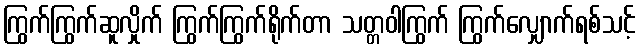
ကြွက်ကြွက်ဆူလှိုက် ကြွက်ကြွက်ရိုက်တာ သတ္တဝါကြွက် ကြွက်လျှောက်ရစ်သင့်